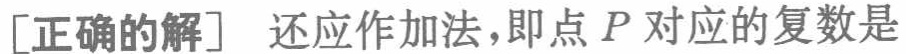
[正确的解] 还应作加法，即点 \(P\) 对应的复数是